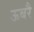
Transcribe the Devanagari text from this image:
ऊबरै